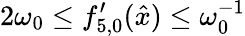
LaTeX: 2\omega_{0}\leq{f}_{5,0}^{\prime}(\hat{x})\leq\omega_{0}^{-1}